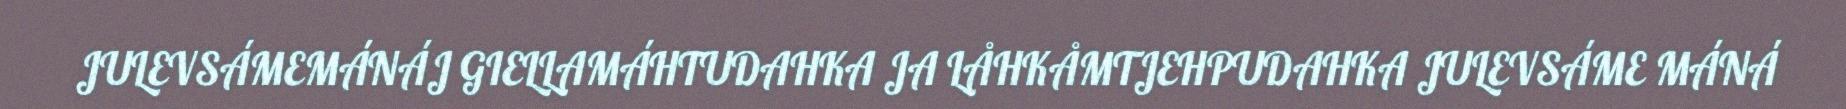
JULEVSÁMEMÁNÁJ GIELLAMÁHTUDAHKA JA LÅHKÅMTJEHPUDAHKA JULEVSÁME MÁNÁ